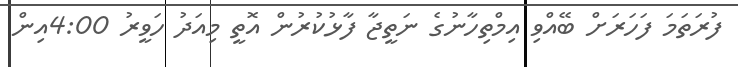
ފުރަތަމަ ފަހަރަށް ބޭއްވި އިމްތިހާނުގެ ނަތީޖާ ފާޅުކުރުން އޮތީ މިއަދު ހަވީރު 4:00އިން